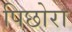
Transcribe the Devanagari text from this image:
पिछोरा